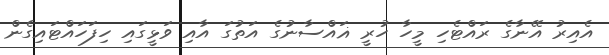
އެއިރު އޭނާގެ ރައްޓެހި މީހާ ހުރީ ޣައްސާނުގެ އަތުގަ އާއި ވަޅީގައި ހިފަހައްޓައިގެން